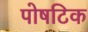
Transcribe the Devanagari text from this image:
पोषटिक